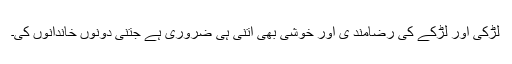
لڑکی اور لڑکے کی رضامند ی اور خوشی بھی اتنی ہی ضروری ہے جتنی دونوں خاندانوں کی۔